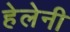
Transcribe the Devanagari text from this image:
हेलेनी